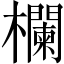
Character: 欄